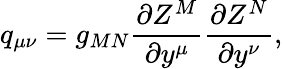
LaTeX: q_{\mu\nu}=g_{MN}\frac{\partial Z^{M}}{\partial y^{\mu}}\frac{\partial Z^{N}}{\partial y^{\nu}},